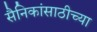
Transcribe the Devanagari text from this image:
सैनिकांसाठीच्या